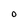
Character: O